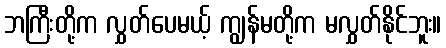
ဘကြီးတို့က လွှတ်ပေမယ့် ကျွန်မတို့က မလွှတ်နိုင်ဘူး။